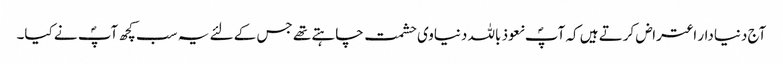
آج دنیادار اعتراض کرتے ہیں کہ آپؐ نعوذ باللہ دنیاوی حشمت چاہتے تھے جس کے لئے یہ سب کچھ آپؐ نے کیا۔